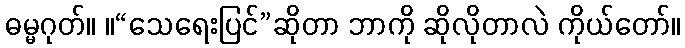
ဓမ္မဂုတ်။ ။“သေရေးပြင်”ဆိုတာ ဘာကို ဆိုလိုတာလဲ ကိုယ်တော်။